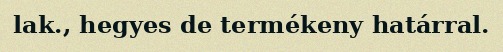
lak., hegyes de termékeny határral.